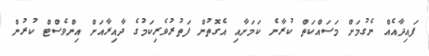
ފައިދާއެއް ނެގުމަށް މަސައްކަތް ކުރާނެ ކަމަށާއި އެގޮތުން ފަތުރުވެރިކަމުގެ ދާއިރާއަށް އިންވެސްޓް ކުރުން